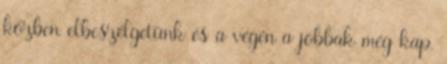
közben elbeszélgetünk és a végén a jobbak még kap.